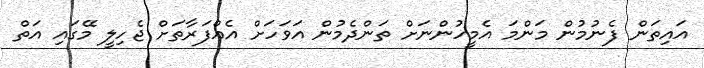
އައިތަން ފެނުމުން މަންމަ އެމީހުންނަށް ތަންދެމުން އަވަހަށް އެއްފަރާތަށް ޖެހިލީ މޭގައި އަތް